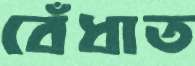
বেঁধাত